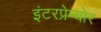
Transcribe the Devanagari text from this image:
इंटरप्रेन्योर